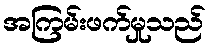
အကြမ်းဖက်မှုသည်